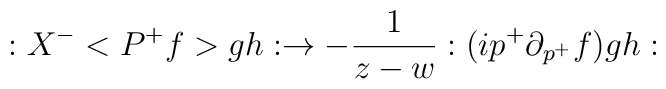
:X^{-}<P^{+}f>gh:\rightarrow -\frac 1{z-w}:(ip^{+}\partial _{p^{+}}f)gh: